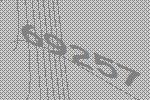
69257